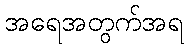
အရေအတွက်အရ